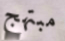
مبتهج